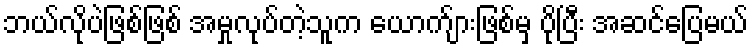
ဘယ်လိုပဲဖြစ်ဖြစ် အမှုလုပ်တဲ့သူက ယောက်ျားဖြစ်မှ ပိုပြီး အဆင်ပြေမယ်